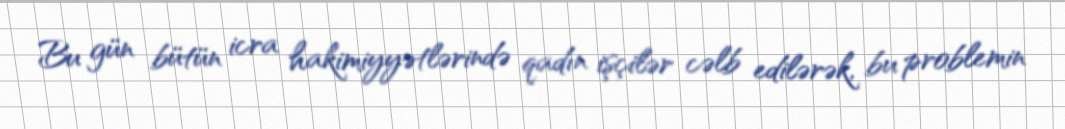
Bu gün bütün icra hakimiyyətlərində qadın işçilər cəlb edilərək, bu problemin